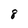
Character: 8